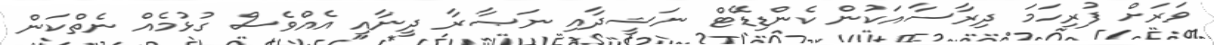
ވަރަށް ފުރިހަމަ ދިރާސާއަކުން ކެންޑިޑޭޓް ނަޝީދާއި ނަޞާރާ ދީނާއި އެއްވެސް ގުޅުމެއް ނެތްކަން